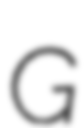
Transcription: G